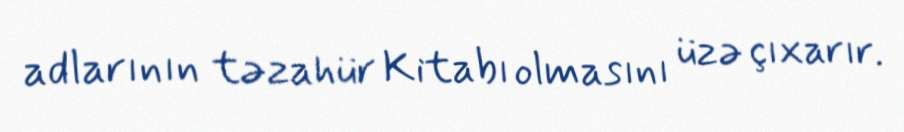
adlarının təzahür Kitabı olmasını üzə çıxarır.